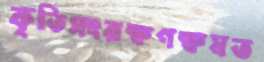
কৃতিসংরক্ষণক্ষমত